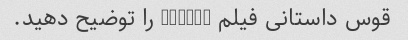
قوس داستانی فیلم Frozen را توضیح دهید.